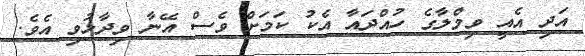
އަދި އެއީ ވިމްލާގެ ހުއްދައާ އެކު ކަމަށް ވެސް އޭނާ ވިދާޅުވި އެވެ.